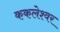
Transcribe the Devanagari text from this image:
ककलेश्वर